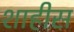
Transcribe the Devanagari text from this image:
शाहीस